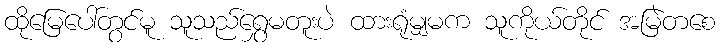
ထိုမြေပေါ်တွင်မူ သူသည်ရွှေမတူးပဲ ထားရုံမျှမက သူကိုယ်တိုင် အမြဲတစေ